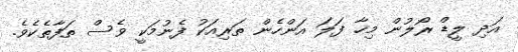
އަދި ލީޑް ރޯލުން މިހާ ފަލަ އަންހެން ތަރިއަކު ފެނުމަކީ ވެސް ތަފާތެކެވެ.